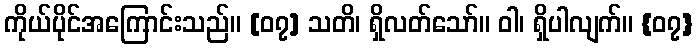
ကိုယ်ပိုင်အကြောင်းသည်။ [၀၇] သတိ၊ ရှိလတ်သော်။ ဝါ၊ ရှိပါလျက်။ {၀၇}